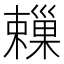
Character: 𣝞